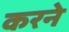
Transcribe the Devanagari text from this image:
करनेे